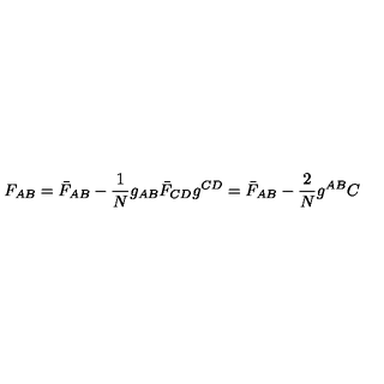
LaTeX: F _ { A B } = \bar { F } _ { A B } - \frac { 1 } { N } g _ { A B } \bar { F } _ { C D } g ^ { C D } = \bar { F } _ { A B } - \frac { 2 } { N } g ^ { A B } C